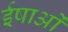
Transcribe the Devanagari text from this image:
ईषाओं